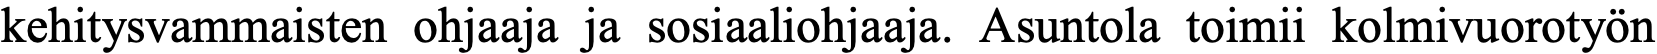
kehitysvammaisten ohjaaja ja sosiaaliohjaaja. Asuntola toimii kolmivuorotyön